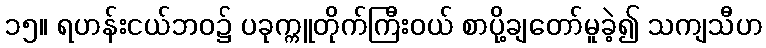
၁၅။ ရဟန်းငယ်ဘဝ၌ ပခုက္ကူတိုက်ကြီးဝယ် စာပို့ချတော်မူခဲ့၍ သကျသီဟ